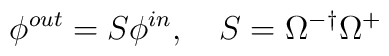
\phi^{out}=S\phi^{in},\quad S=\Omega^{-\dagger}\Omega^{+}